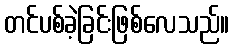
တင်ပစ်ခဲ့ခြင်းဖြစ်လေသည်။